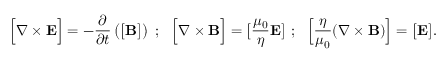
{ \Big [ } \nabla \times { \mathbf E } { \Big ] } = - \frac { \partial } { \partial t } \left( { \big [ } { \mathbf B } { \big ] } \right) ~ ; ~ ~ { \Big [ } \nabla \times { \mathbf B } { \Big ] } = { \big [ } \frac { \mu _ { 0 } } { \eta } { \mathbf E } { \big ] } ~ ; ~ ~ { \Big [ } \frac { \eta } { \mu _ { 0 } } ( \nabla \times { \mathbf B } ) { \Big ] } = { \big [ } { \mathbf E } { \big ] } .